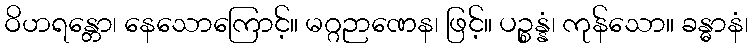
ဝိဟရန္တော၊ နေသောကြောင့်။ မဂ္ဂဉာဏေန၊ ဖြင့်။ ပဉ္စန္နံ၊ ကုန်သော။ ခန္ဓာနံ၊